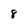
Character: 8